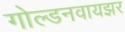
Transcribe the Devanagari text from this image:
गोल्डनवायझर